Report of the Indian Hemp Drugs Commission, 1894-1895 - Volume V
Year: 1894
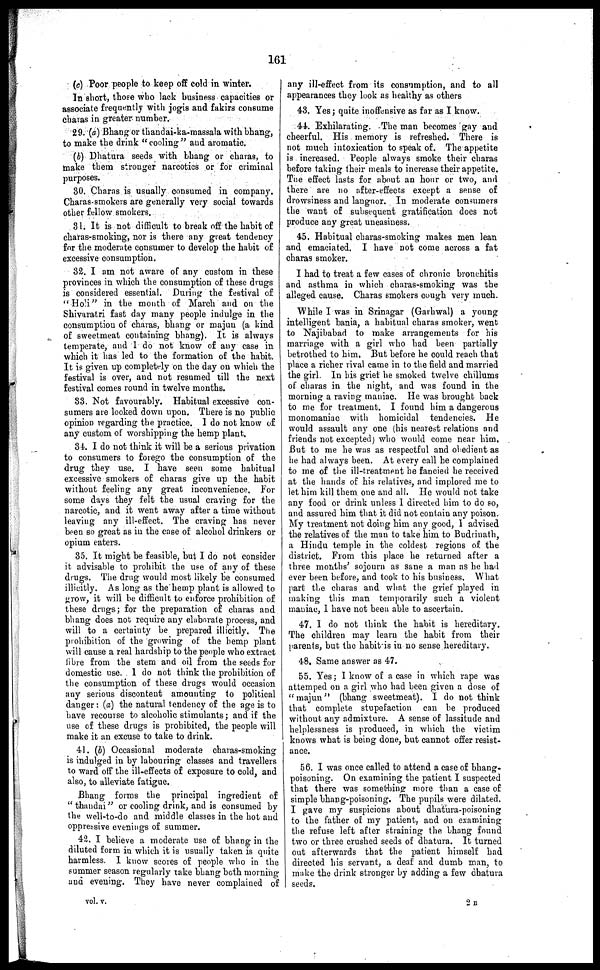
161
(c) Poor people to keep off cold in winter.
In short, those who lack business capacities or
associate frequently with jogis and fakirs consume
charas in greater number.
29. (a) Bhang or thandai-ka-massala with bhang,
to make the drink "cooling" and aromatic.
(b) Dhatura seeds with bhang or charas, to
make them stronger narcotics or for criminal
purposes.
30. Charas is usually consumed in company.
Charas-smokers are generally very social towards
other fellow smokers.
31. It is not difficult to break off the habit of
charas-smoking, nor is there any great tendency
for the moderate consumer to develop the habit of
excessive consumption.
32. I am not aware of any custom in these
provinces in which the consumption of these drugs
is considered essential. During the festival of
"Holi" in the month of March and on the
Shivaratri fast day many people indulge in the
consumption of charas, bhang or majun (a kind
of sweetmeat containing bhang). It is always
temperate, and I do not know of any case in
which it has led to the formation of the habit.
It is given up completely on the day on which the
festival is over, and not resumed till the next
festival comes round in twelve months.
33. Not favourably. Habitual excessive con-
sumers are looked down upon. There is no public
opinion regarding the practice. I do not know of
any custom of worshipping the hemp plant.
34. I do not think it will be a serious privation
to consumers to forego the consumption of the
drug they use. I have seen some habitual
excessive smokers of charas give up the habit
without feeling any great inconvenience. For
some days they felt the usual craving for the
narcotic, and it went away after a time without
leaving any ill-effect. The craving has never
been so great as in the case of alcohol drinkers or
opium eaters.
35. It might be feasible, but I do not consider
it advisable to prohibit the use of any of these
drugs. The drug would most likely be consumed
illicitly. As long as the hemp plant is allowed to
grow, it will be difficult to enforce prohibition of
these drugs; for the preparation of charas and
bhang does not require any elaborate process, and
will to a certainty be prepared illicitly. The
prohibition of the growing of the hemp plant
will cause a real hardship to the people who extract
fibre from the stem and oil from the seeds for
domestic use. I do not think the prohibition of
the consumption of these drugs would occasion
any serious discontent amounting to political
danger: (a) the natural tendency of the age is to
have recourse to alcoholic stimulants; and if the
use of these drugs is prohibited, the people will
make it an excuse to take to drink.
41. (b) Occasional moderate charas-smoking
is indulged in by labouring classes and travellers
to ward off the ill-effects of exposure to cold, and
also, to alleviate fatigue.
Bhang forms the principal ingredient of
"thandai" or cooling drink, and is consumed by
the well-to-do and middle classes in the hot and
oppressive evenings of summer.
42. I believe a moderate use of bhang in the
diluted form in which it is usually taken is quite
harmless. I know scores of people who in the
summer season regularly take bhang both morning
and evening. They have never complained of
any ill-effect from its consumption, and to all
appearances they look as healthy as others
43. Yes; quite inoffensive as far as I know.
44. Exhilarating. The man becomes gay and
cheerful. His memory is refreshed. There is
not much intoxication to speak of. The appetite
is increased. People always smoke their charas
before taking their meals to increase their appetite.
The effect lasts for about an hour or two, and
there are no after-effects except a sense of
drowsiness and languor. In moderate consumers
the want of subsequent gratification does not
produce any great uneasiness.
45. Habitual charas-smoking makes men lean
and emaciated. I have not come across a fat
charas smoker.
I had to treat a few cases of chronic bronchitis
and asthma in which charas-smoking was the
alleged cause. Charas smokers cough very much.
While I was in Srinagar (Garhwal) a young
intelligent bania, a habitual charas smoker, went
to Najibabad to make arrangements for his
marriage with a girl who had been partially
betrothed to him, But before he could reach that
place a richer rival came in to the field and married
the girl. In his grief he smoked twelve chillums
of charas in the night, and was found in the
morning a raving maniac. He was brought back
to me for treatment. I found him a dangerous
monomaniac with homicidal tendencies. He
would assault any one (his nearest relations and
friends not excepted) who would come near him.
But to me he was as respectful and obedient as
he had always been. At every call he complained
to me of the ill-treatment he fancied he received
at the hands of his relatives, and implored me to
let him kill them one and all. He would not take
any food or drink unless I directed him to do so,
and assured him that it did not contain any poison.
My treatment not doing him any good, I advised
the relatives of the man to take him to Budrinath,
a Hindu temple in the coldest regions of the
district. From this place he returned after a
three months' sojourn as sane a man as he had
ever been before, and took to his business. What
part the charas and what the grief played in
making this man temporarily such a violent
maniac, I have not been able to ascertain.
47. I do not think the habit is hereditary.
The children may learn the habit from their
parents, but the habit is in no sense hereditary.
48. Same answer as 47.
55. Yes; I know of a case in which rape was
attemped on a girl who had been given a dose of
"majun"
(bhang sweetmeat). I do not think
that complete stupefaction can be produced
without any admixture. A sense of lassitude and
helplessness is produced, in which the victim
knows what is being done, but cannot offer resist-
ance.
56. I was once called to attend a case of bhang-
poisoning. On examining the patient I suspected
that there was something more than a case of
simple bhang-poisoning. The pupils were dilated.
I gave my suspicions about dhatura-poisoning
to the father of my patient, and on examining
the refuse left after straining the bhang found
two or three crushed seeds of dhatura. It turned
out afterwards that the patient himself had
directed his servant, a deaf and dumb man, to
make the drink stronger by adding a few dhatura
seeds.
vol. v.
2B